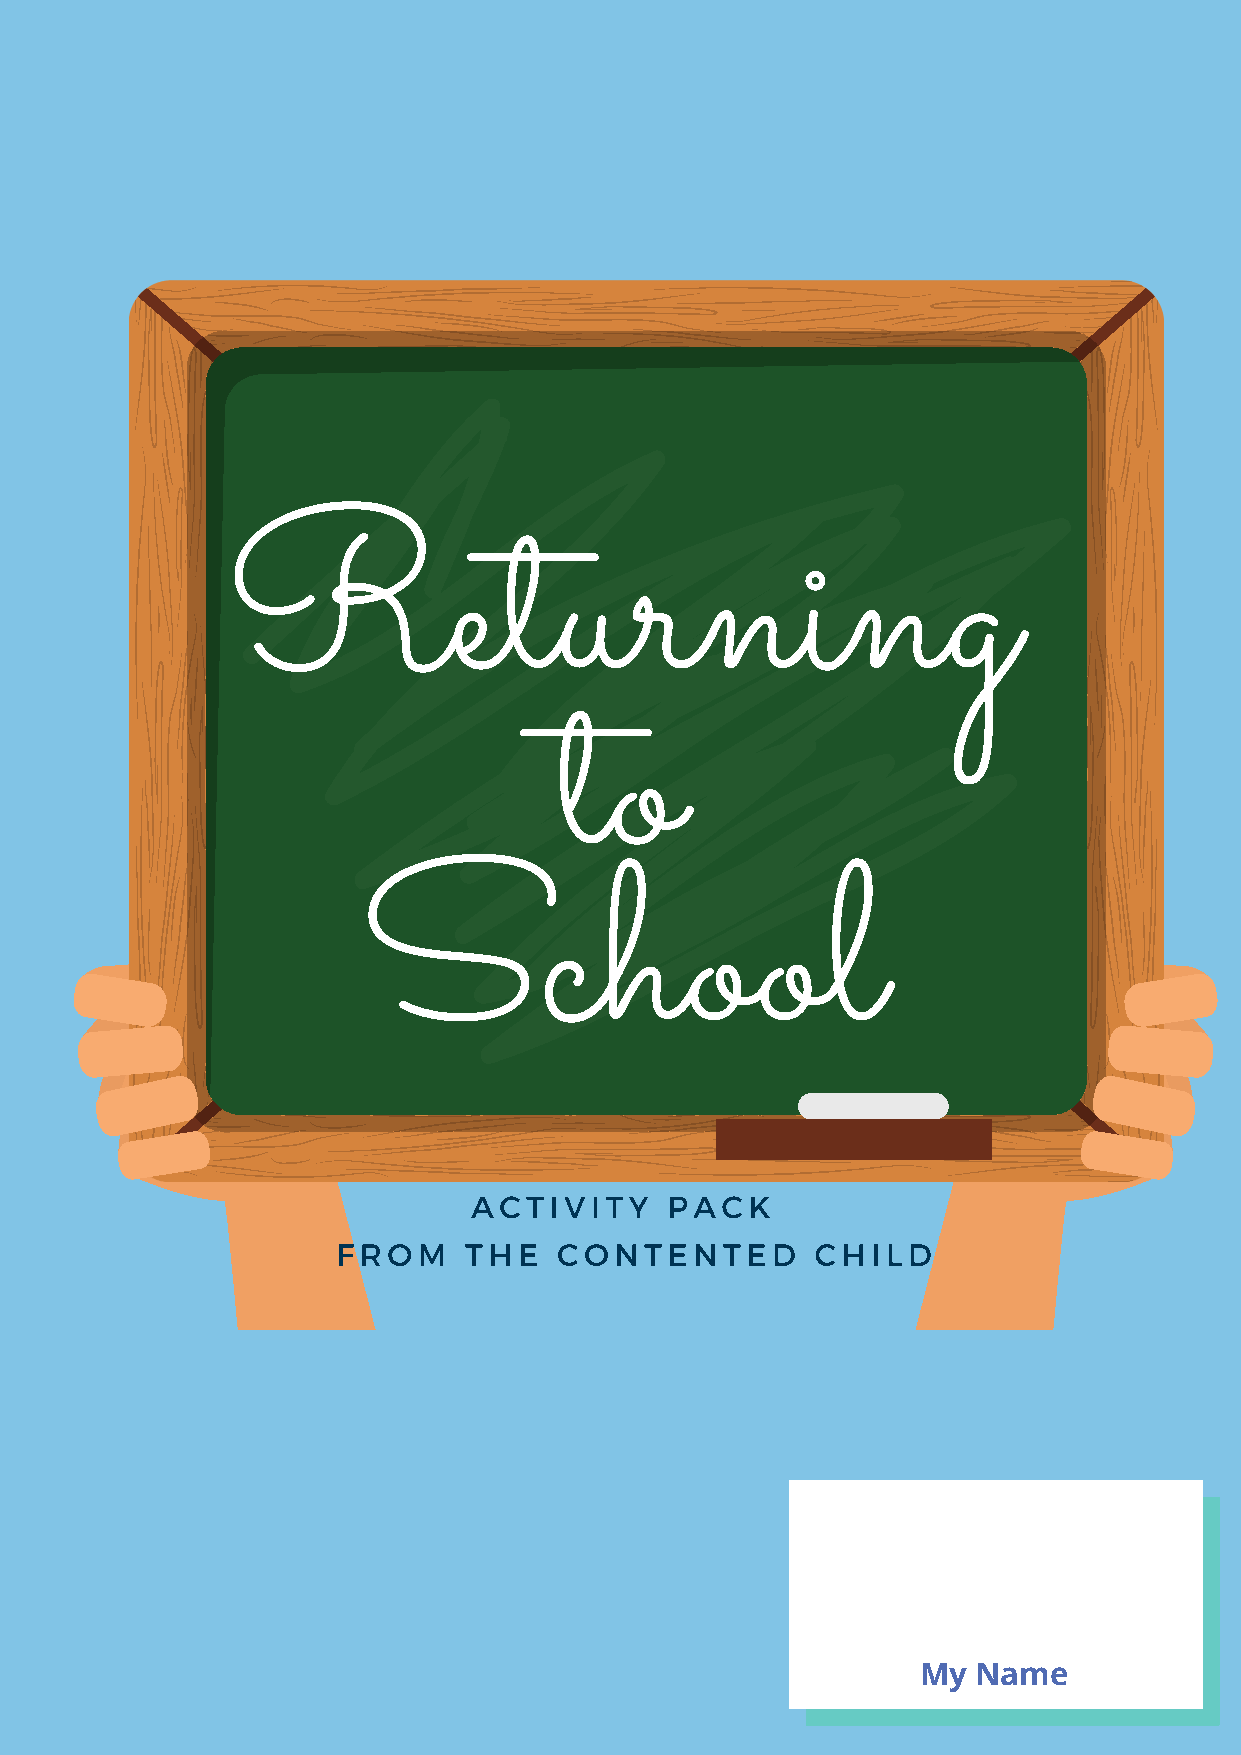
Returning
 to
 School
 ACTIVITY     PACK
 FROM     THE   CONTENTED        CHILD
 My  Name